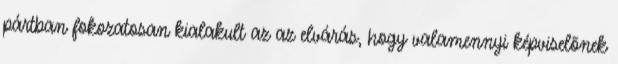
pártban fokozatosan kialakult az az elvárás, hogy valamennyi képviselõnek